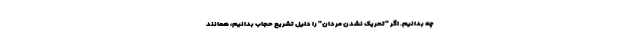
چه بدانیم. اگر "تحریک نشدن مردان" را دلیل تشریع حجاب بدانیم، همانند